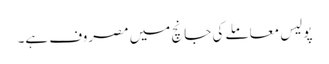
پولیس معاملے کی جانچ میں مصروف ہے۔